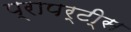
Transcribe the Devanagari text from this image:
प्रापर्टी्स